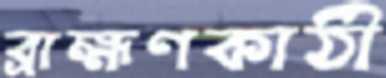
ব্রাহ্মণকাঠী